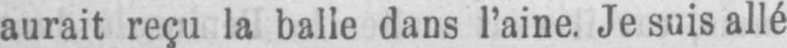
aurait reçu la balle dans l’aine. Je suis allé